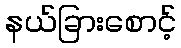
နယ်ခြားစောင့်